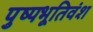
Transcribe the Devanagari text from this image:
पुष्पभूतिवंश